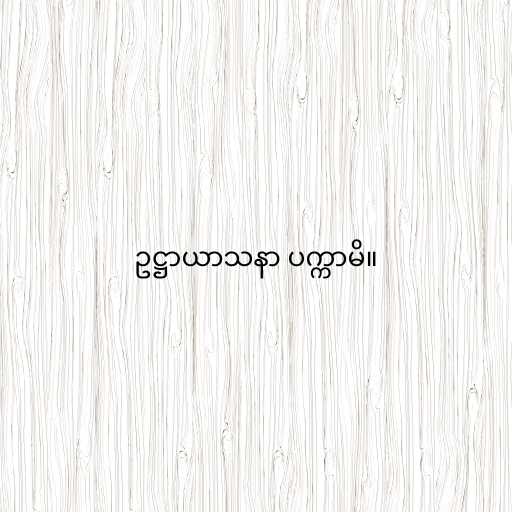
ဥဋ္ဌာယာသနာ ပက္ကာမိ။